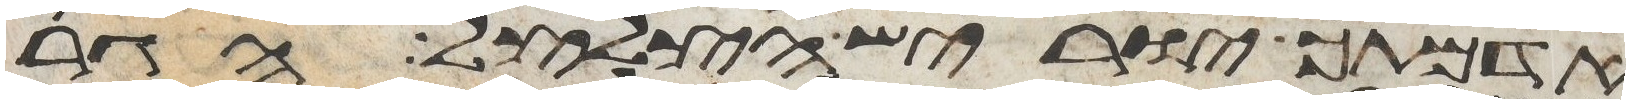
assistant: אדמתך יוריש הצלצל הגר